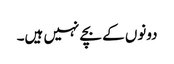
دونوں کے بچے نہیں ہیں۔